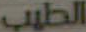
الطيب